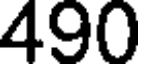
490